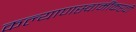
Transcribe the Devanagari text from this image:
कल्याणस्वामींकरवी